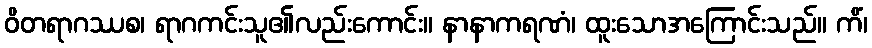
ဝိတရာဂဿစ၊ ရာဂကင်းသူ၏လည်းကောင်း။ နာနာကရဏံ၊ ထူးသောအကြောင်းသည်။ ကိံ၊